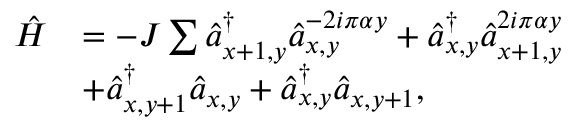
\begin{array} { r l } { \hat { H } } & { = - J \sum \hat { a } _ { x + 1 , y } ^ { \dagger } { \hat { a } _ { x , y } } ^ { - 2 i \pi \alpha y } + \hat { a } _ { x , y } ^ { \dagger } { \hat { a } _ { x + 1 , y } } ^ { 2 i \pi \alpha y } } \\ & { + \hat { a } _ { x , y + 1 } ^ { \dagger } \hat { a } _ { x , y } + \hat { a } _ { x , y } ^ { \dagger } \hat { a } _ { x , y + 1 } , } \end{array}